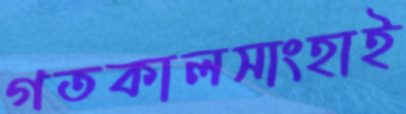
গতকালসাংহাই